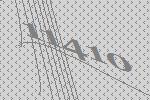
11410